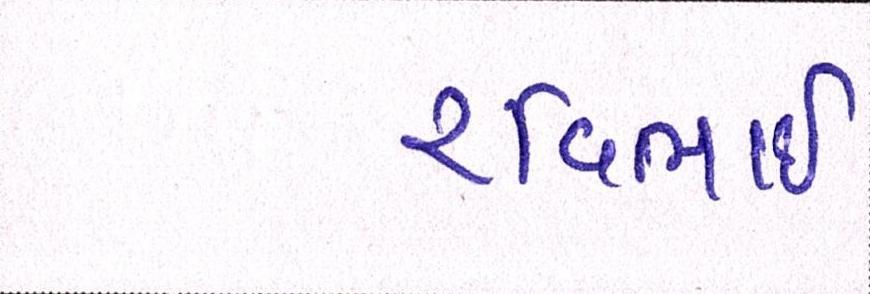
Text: રવિભાઇ